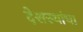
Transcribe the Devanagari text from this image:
देशस्थांचा